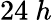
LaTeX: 24~h